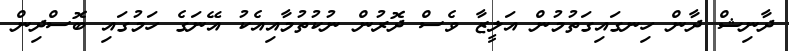
ދާނިޝް ދާން ހިނގައިގަތުމުން އަލީޒާ ވެސް ދޮރުން ނުކުތުމާއިއެކު އޭނަގެ ހަމުގައި ބޮސްދިން